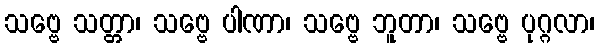
သဗ္ဗေ သတ္တာ၊ သဗ္ဗေ ပါဏာ၊ သဗ္ဗေ ဘူတာ၊ သဗ္ဗေ ပုဂ္ဂလာ၊